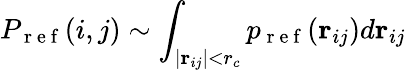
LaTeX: P_{\mathrm{~r~e~f~}}(i,j)\sim\int_{|\mathbf{r}_{ij}|<r_{c}}p_{\mathrm{~r~e~f~}}(\mathbf{r}_{ij})d\mathbf{r}_{ij}